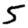
Digit: 5